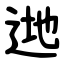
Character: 逇